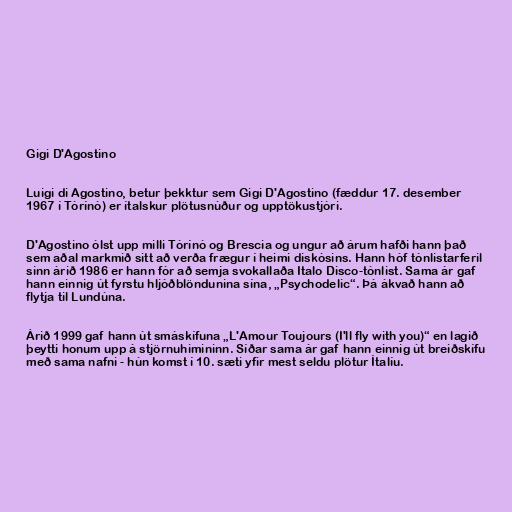
Gigi D'Agostino

Luigi di Agostino, betur þekktur sem Gigi D'Agostino (fæddur 17. desember
1967 í Tórínó) er ítalskur plötusnúður og upptökustjóri.

D'Agostino ólst upp milli Tórínó og Brescia og ungur að árum hafði hann það
sem aðal markmið sitt að verða frægur í heimi diskósins. Hann hóf tónlistarferil
sinn árið 1986 er hann fór að semja svokallaða Italo Disco-tónlist. Sama ár gaf
hann einnig út fyrstu hljóðblöndunina sína, „Psychodelic“. Þá ákvað hann að
flytja til Lundúna.

Árið 1999 gaf hann út smáskífuna „L'Amour Toujours (I'll fly with you)“ en lagið
þeytti honum upp á stjörnuhimininn. Síðar sama ár gaf hann einnig út breiðskífu
með sama nafni - hún komst í 10. sæti yfir mest seldu plötur Ítalíu.